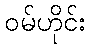
ဝမ်ဟိုင်း